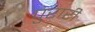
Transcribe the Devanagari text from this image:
पुरारी